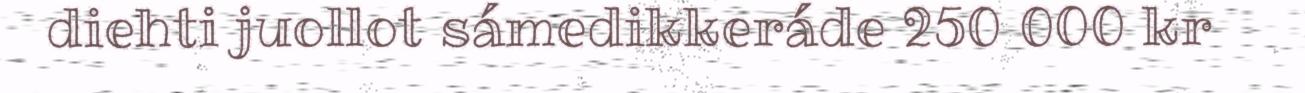
diehti juollot sámedikkeráde 250 000 kr